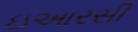
ઇઆરસી